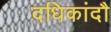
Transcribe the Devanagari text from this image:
दधिकांदौ